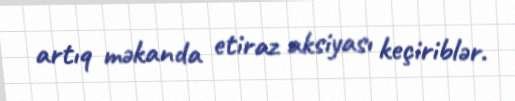
artıq məkanda etiraz aksiyası keçiriblər.